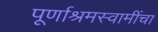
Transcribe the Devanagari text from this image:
पूर्णाश्रमस्वामींचा